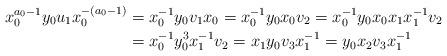
LaTeX: \begin{align*}x_0^{a_0-1}y_0u_1x_0^{-(a_0-1)}&=x_0^{-1}y_0v_1x_0=x_0^{-1}y_0x_0v_2=x_0^{-1}y_0x_0x_1x_1^{-1}v_2\\&=x_0^{-1}y_0^3x_1^{-1}v_2=x_1y_0v_3x_1^{-1}=y_0x_2v_3x_1^{-1}\end{align*}